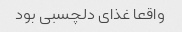
واقعا غذای دلچسبی بود